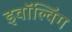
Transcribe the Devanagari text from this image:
इवॉल्विंग